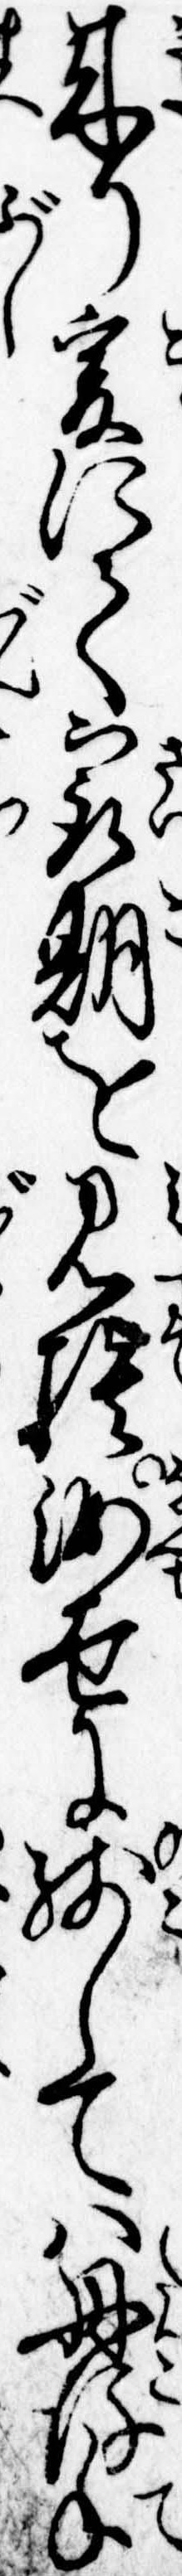
来り爰にて最期を見捨汝世に残しては丹後手